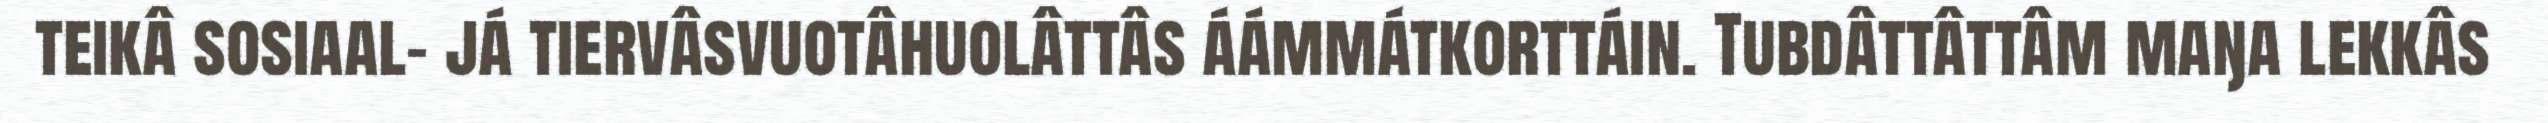
teikâ sosiaal- já tiervâsvuotâhuolâttâs áámmátkorttáin. Tubdâttâttâm maŋa lekkâs